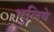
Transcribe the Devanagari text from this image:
भूलिये